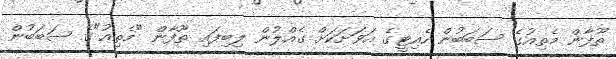
ތޫފާން މެތިއުގެ ސަބަބުން ހެއިޓީގެ އަވަށަކަށް ގެއްލުން ލިބިފައި ތޫފާން "މެތިއު"ގެ ސަބަބުން